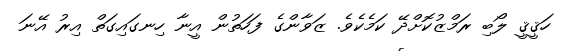
ހަޤީޤީ ލޯބި ރަމްޒުކޮށްދޭ ކަމެކެވެ. ޒަވާންގެ ފަހަތުން އީނާ ހިނގައިގަތް އިރު އޭނަ